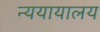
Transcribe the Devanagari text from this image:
न्ययायालय